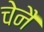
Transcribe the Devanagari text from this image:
चेनै